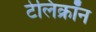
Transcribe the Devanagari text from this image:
टेलिक्रॉन